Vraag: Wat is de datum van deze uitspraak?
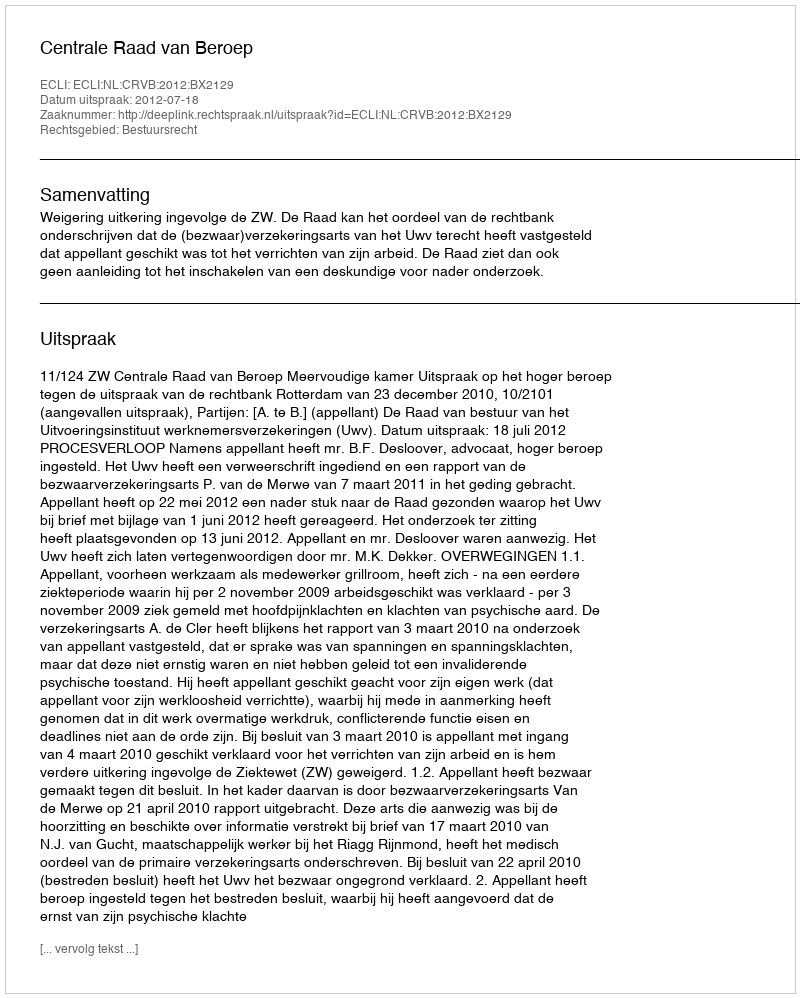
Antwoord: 2012-07-18